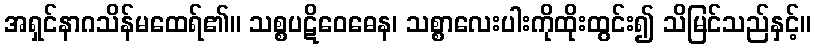
အရှင်နာဂသိန်မထေရ်၏။ သစ္စပဋိဝေဓေန၊ သစ္စာလေးပါးကိုထိုးထွင်း၍ သိမြင်သည်နှင့်။